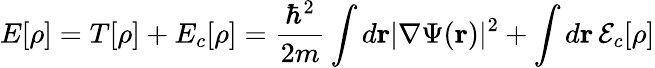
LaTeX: E[\rho]=T[\rho]+E_{c}[\rho]=\frac{\hbar^{2}}{2m}\int d{\mathbf r}|\nabla\Psi({\mathbf r})|^{2}+\int d{\mathbf r}\, {\cal E}_{c}[\rho]